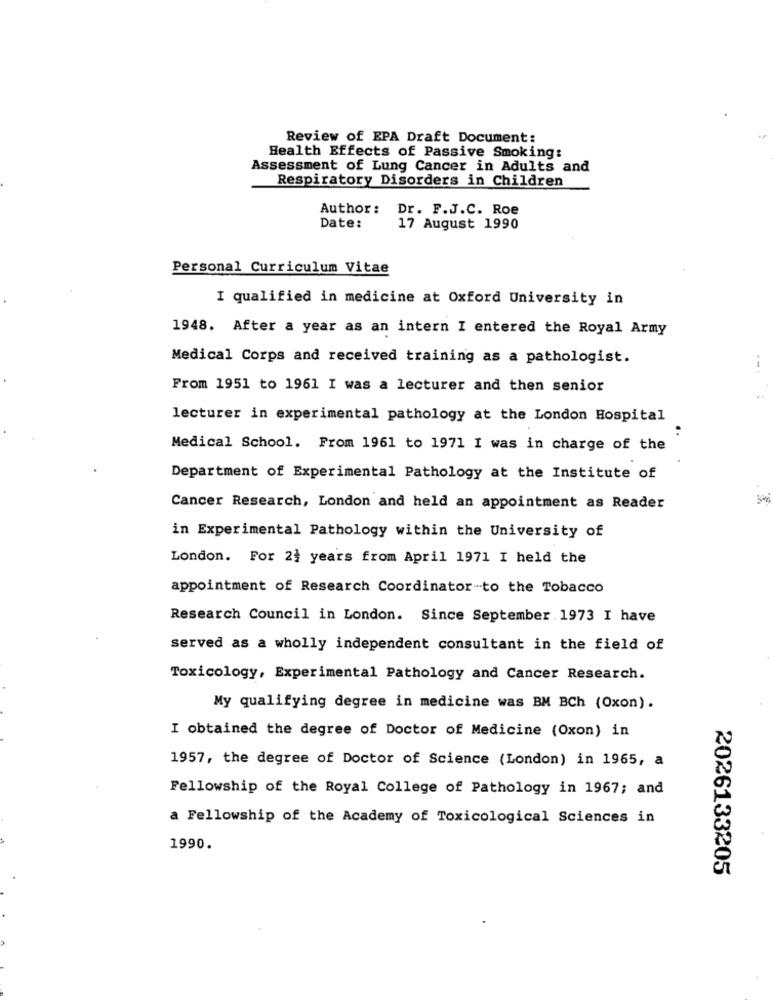
Review of EPA Draft Document:
Health Effects of Passive Smoking:
Assessment of Lung Cancer in Adults and
Respiratory Disorders in Children
Author :
Dr. F.J.C. Roe
Date:
17 August 1990
Personal Curriculum Vitae
I qualified in medicine at Oxford University in
1948. After a year as an intern I entered the Royal Army
Medical Corps and received training as a pathologist.
From 1951 to 1961 I was a lecturer and then senior
lecturer in experimental pathology at the London Hospital
Medical School. From 1961 to 1971 I was in charge of the
Department of Experimental Pathology at the Institute of
Cancer Research, London and held an appointment as Reader
in Experimental Pathology within the University of
London. For 2 years from April 1971 I held the
appointment of Research Coordinator-to the Tobacco
Research Council in London. Since September 1973 I have
served as a wholly independent consultant in the field of
Toxicology, Experimental Pathology and Cancer Research.
My qualifying degree in medicine was BM BCh (Oxon).
I obtained the degree of Doctor of Medicine (Oxon) in
1957, the degree of Doctor of Science (London) in 1965, a
Fellowship of the Royal College of Pathology in 1967; and
a Fellowship of the Academy of Toxicological Sciences in
1990.
2026133205